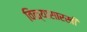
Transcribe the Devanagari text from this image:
विळ्यासारखी